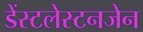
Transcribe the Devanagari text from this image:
डेंस्टलेस्टनजेन